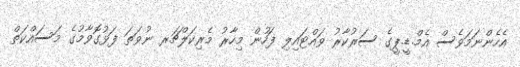
އެހެންނަމަވެސް އެމް.ޑީ.ޕީގެ ސަރުކާރު ވައްޓައިލި ފަހުން މިހާރު މެރިކަލްޗަރ ނުވަތަ ފަޅުގޮވާމުގެ މަސައްކަތް